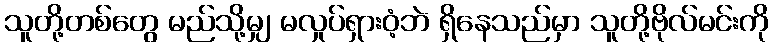
သူတို့တစ်တွေ မည်သို့မျှ မလှုပ်ရှားဝံ့ဘဲ ရှိနေသည်မှာ သူတို့ဗိုလ်မင်းကို